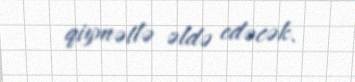
qiymətlə əldə edəcək.